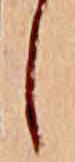
し